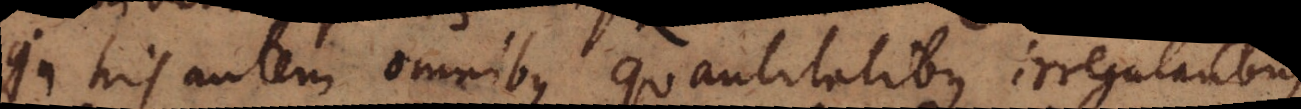
In his autem omnibus quantitatibus irregularibus